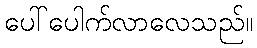
ပေါ်ပေါက်လာလေသည်။